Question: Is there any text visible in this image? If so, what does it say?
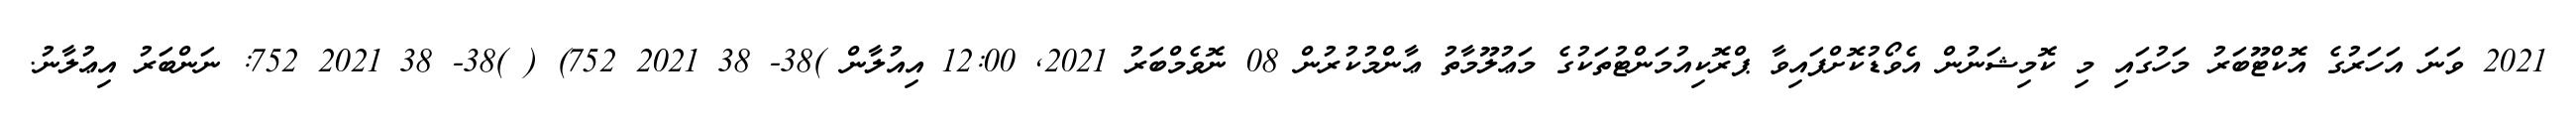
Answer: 2021 ވަނަ އަހަރުގެ އޮކްޓޫބަރު މަހުގައި މި ކޮމިޝަނުން އެވޯޑުކޮށްފައިވާ ޕްރޮކިއުމަންޓުތަކުގެ މަޢުލޫމާތު ޢާންމުކުރުން 08 ނޮވެމްބަރު 2021, 12:00 އިއުލާން )38- 38 2021 752) ( )38- 38 2021 752: ނަންބަރު އިޢުލާނު.